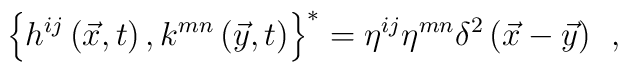
\left\{ h^{ij}\left( \vec x,t\right) ,k^{mn}\left( \vec y,t\right) \right\}^{*}=\eta ^{ij}\eta ^{mn}\delta ^2\left( \vec x-\vec y\right) \;\,,